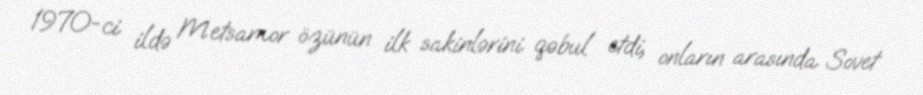
1970-ci ildə Metsamor özünün ilk sakinlərini qəbul etdi, onların arasında Sovet